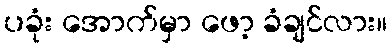
ပခုံး အောက်မှာ ဖော့ ခံချင်လား။